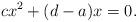
LaTeX: \begin{align*}cx^2+(d-a)x=0.\end{align*}